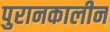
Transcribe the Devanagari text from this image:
पुरानकालीन